Medical and sanitary report of the native army of Bengal for the year
Year: 1875
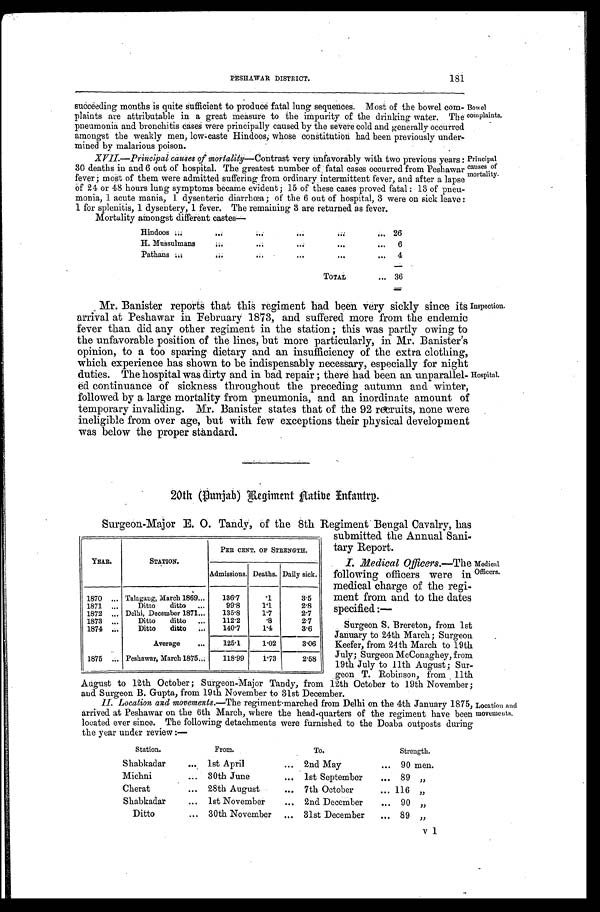
181
PESHAWAR DISTRICT.
succeeding months is quite sufficient to produce fatal lung sequences. Most of the bowel com
plaints are attributable in a great measure to the impurity of the drinking water. The
pneumonia and bronchitis cases were principally caused by the severe cold and generally occurred
amongst the weakly men, low-caste Hindoos, whose constitution had been previously under
m i n e d b y m a l a r i o u s p o i s o n .
XVII.—Princi al causes of mortality—Contrast very unfavorably with two previous years:
30 deaths in and 6 out of hospital. The greatest number of fatal cases occurred from Peshawar
fever; most of them were admitted suffering from ordinary . intermittent fever, and after a laps
of 24 or 48 hours lung symptoms became evident; 15 of these cases proved fatal : 13 of pneu
monia, 1 acute mania, 1 dysenteric diarrhœa; of the 6 out of hospital, 3 were on sick leave
1 for splenitis, 1 dysentery, 1 fever. The remaining 3 are returned as fever.
Mortality amongst different castes—
Hindoos ...
. . .
. . . ...
. . .
... 26
H. Mussulmans
. . .
. . . . . .
. . .
...
6
Pathans ...
. . .
. . . . . .
. . .
...
4
TOTAL
...
36
Bowel
complaints.
Principal
causes of
mortality.
Mr. Banister reports that this regiment had been very sickly since its
arrival at Peshawar in February 1873, and suffered more from the endemic
fever than did any other regiment in the station; this was partly owing to
the unfavorable position of the lines, but more particularly, in Mr. Banister's
opinion, to a too sparing dietary and an insufficiency of the extra clothing,
which experience has shown to be indispensably necessary, especially for night
duties. The hospital was dirty and in bad repair ; there had been an unparallel
ed continuance of sickness throughout the preceding autumn and winter,
followed by a large mortality from pneumonia, and an inordinate amount of
temporary invaliding. Mr. Banister states that of the 92 recruits, none were
ineligible from over age, but with few exceptions their physical development
w a s b e l o w t h e p r o p e r s t a n d a r d .
Inspection.
Hospital.
20th (Punjab) Regiment Native Infantry.
Surgeon-Major E. 0. Tandy, of the 8th Regiment Bengal Cavalry, has
YEAR.
STATION.
PER CENT.OF STRENGTH.
Admissions. Deaths. Daily sick.
1870
. . . Talagaug, March 1869...
136.7
. 1
3.5
1871
. . .
Ditto
ditto
. . .
99.8
1.1
2.8
1872 ... Delhi, December 1871...
135.8
1.7
2.7
1873 ...
Ditto
ditto
...
112.2
. 8
2.7
1874 ...
Ditto
ditto
...
140.7
1.4
3.6
Average
...
125.1
1.02
3.06
1875
... Peshawar, March 1875...
118.99
1.73
2.58
submitted the Annual Sani
tary Report.
I . M e d i c a l O f f i c e r s . —
T h e
following officers were in
medical charge of the regi-
ment from and to the dates
specified :—
Surgeon S. Brereton, from 1st
January to 24th March; Surgeon
Keefer, from 24th March to 19th
Jul y; Surgeon McConaghey, from 19th Jul y to 11th August; Surgeon T. Robi nson, from 11th
Medical
Officers.
August to 12th October ; Surgeon-Major Tandy, from 12-th October to 19th November; and Surgeon B.Gupta, from 19th November to 31st December.
Snwronn
amnia._ from 19 th Novombpr in Al et Tlpop-mbar
II. Location and movements.— The regiment marched from Delhi on the 4th January 1875,
arrived at Peshawar on the 6th March, where the head-quarters of the regiment have been
located ever since. The following detachments were furnished to the Doaba outposts during
the year under review :—
Station.
From.
To.
Strength.
Shabkadar
... 1st April
... 2nd May
... 90 men.
Michni
...
30th June
... 1st September
...
89 ,,
Cherat
... 28th August
... 7th October
... 116
Shabkadar
... 1st November
... 2nd December
... 90 „
Ditto
... 30th November ... 31st December
... 89 „
Elocution and
novements.
v 1